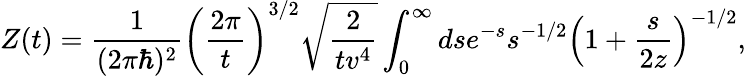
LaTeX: Z(t)={\frac{1}{(2\pi\hbar)^{2}}}\left({\frac{2\pi}{t}}\right)^{3/2}\sqrt{{\frac{2}{tv^{4}}}}\int_{0}^{\infty}dse^{-s}s^{-1/2}\left(1+{\frac{s}{2z}}\right)^{-1/2},